Report on the bubonic plague in Bombay, 1896-1897
Year: 1896
Disease focus: Plague
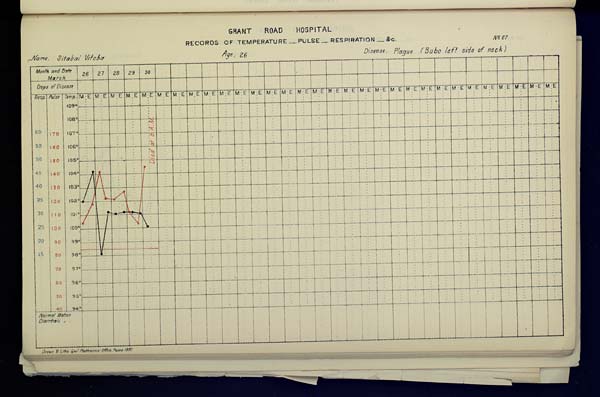
GRANT
ROAD
HOSPITAL
RECORDS OF TEMPERATURE __ PULSE __ RESPIRATION __ &c. No. 87
Name,
Sitabai
Vitoba
Age,
26
Disease,
Plague
(Bubo
left
side
of
neck)
Drawn & Litho: Govt. Photozinco: Office, Poona 1897.